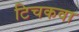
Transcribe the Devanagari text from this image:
टिचकवा